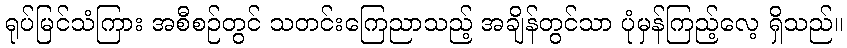
ရုပ်မြင်သံကြား အစီစဉ်တွင် သတင်းကြေညာသည့် အချိန်တွင်သာ ပုံမှန်ကြည့်လေ့ ရှိသည်။